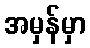
အမှန်မှာ